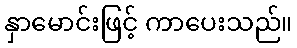
နှာမောင်းဖြင့် ကာပေးသည်။